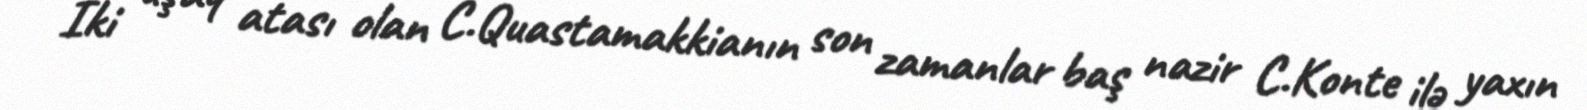
İki uşaq atası olan C.Quastamakkianın son zamanlar baş nazir C.Konte ilə yaxın